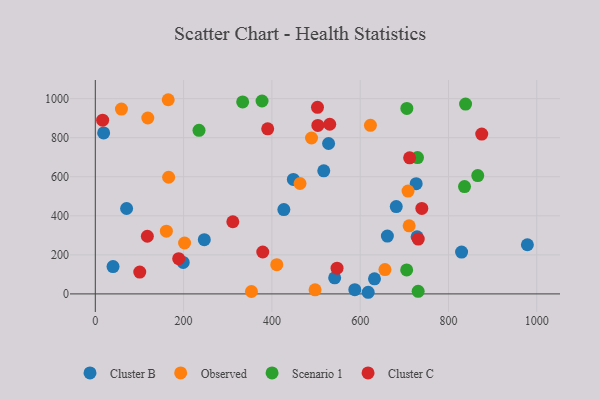
{"axis": {"x": "Ad Spend", "y": "Profit"}, "legend": ["Cluster B", "Cluster C", "Observed", "Scenario 1"], "data": [{"x": "517.5", "y": 630.3, "type": "Cluster B"}, {"x": "246.9", "y": 277.5, "type": "Cluster B"}, {"x": "70.9", "y": 437.4, "type": "Cluster B"}, {"x": "728.9", "y": 292.7, "type": "Cluster B"}, {"x": "528.4", "y": 770.3, "type": "Cluster B"}, {"x": "661.6", "y": 296.0, "type": "Cluster B"}, {"x": "829.7", "y": 214.1, "type": "Cluster B"}, {"x": "618.1", "y": 8.3, "type": "Cluster B"}, {"x": "199.1", "y": 161.0, "type": "Cluster B"}, {"x": "978.7", "y": 251.8, "type": "Cluster B"}, {"x": "40.2", "y": 139.8, "type": "Cluster B"}, {"x": "427.1", "y": 431.7, "type": "Cluster B"}, {"x": "726.8", "y": 564.7, "type": "Cluster B"}, {"x": "448.6", "y": 586.2, "type": "Cluster B"}, {"x": "681.7", "y": 447.3, "type": "Cluster B"}, {"x": "18.9", "y": 824.4, "type": "Cluster B"}, {"x": "587.8", "y": 21.8, "type": "Cluster B"}, {"x": "542.2", "y": 82.2, "type": "Cluster B"}, {"x": "632.4", "y": 77.3, "type": "Cluster B"}, {"x": "166.1", "y": 597.6, "type": "Observed"}, {"x": "656.1", "y": 124.7, "type": "Observed"}, {"x": "118.9", "y": 900.9, "type": "Observed"}, {"x": "463.7", "y": 565.5, "type": "Observed"}, {"x": "710.9", "y": 348.8, "type": "Observed"}, {"x": "497.8", "y": 20.7, "type": "Observed"}, {"x": "623.2", "y": 863.4, "type": "Observed"}, {"x": "59.2", "y": 946.8, "type": "Observed"}, {"x": "411.1", "y": 149.8, "type": "Observed"}, {"x": "353.7", "y": 12.2, "type": "Observed"}, {"x": "202.2", "y": 260.8, "type": "Observed"}, {"x": "165.2", "y": 994.6, "type": "Observed"}, {"x": "489.8", "y": 798.6, "type": "Observed"}, {"x": "161.0", "y": 321.2, "type": "Observed"}, {"x": "708.4", "y": 526.7, "type": "Observed"}, {"x": "377.7", "y": 988.0, "type": "Scenario 1"}, {"x": "705.7", "y": 950.1, "type": "Scenario 1"}, {"x": "838.7", "y": 972.2, "type": "Scenario 1"}, {"x": "234.9", "y": 838.0, "type": "Scenario 1"}, {"x": "866.3", "y": 605.9, "type": "Scenario 1"}, {"x": "705.3", "y": 122.9, "type": "Scenario 1"}, {"x": "729.8", "y": 698.2, "type": "Scenario 1"}, {"x": "731.3", "y": 13.0, "type": "Scenario 1"}, {"x": "333.8", "y": 983.3, "type": "Scenario 1"}, {"x": "836.3", "y": 549.8, "type": "Scenario 1"}, {"x": "117.9", "y": 295.4, "type": "Cluster C"}, {"x": "875.3", "y": 818.5, "type": "Cluster C"}, {"x": "547.6", "y": 131.8, "type": "Cluster C"}, {"x": "16.6", "y": 889.8, "type": "Cluster C"}, {"x": "731.5", "y": 280.8, "type": "Cluster C"}, {"x": "188.9", "y": 180.4, "type": "Cluster C"}, {"x": "712.0", "y": 696.9, "type": "Cluster C"}, {"x": "311.5", "y": 369.6, "type": "Cluster C"}, {"x": "379.3", "y": 214.5, "type": "Cluster C"}, {"x": "504.1", "y": 863.0, "type": "Cluster C"}, {"x": "739.6", "y": 437.6, "type": "Cluster C"}, {"x": "100.7", "y": 111.8, "type": "Cluster C"}, {"x": "503.3", "y": 955.8, "type": "Cluster C"}, {"x": "531.0", "y": 868.9, "type": "Cluster C"}, {"x": "390.5", "y": 845.4, "type": "Cluster C"}]}